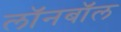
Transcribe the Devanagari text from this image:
लॉनबॉल